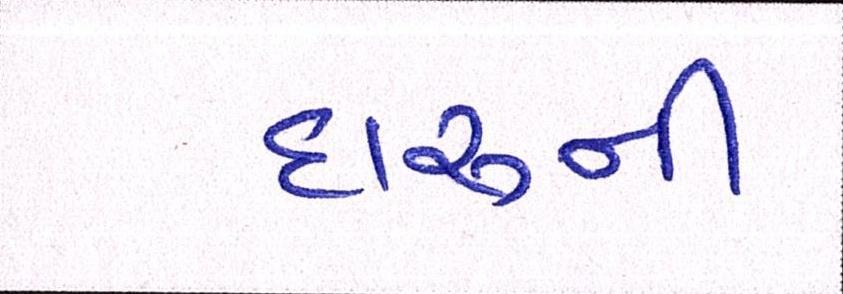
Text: દારૂની